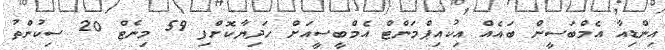
އިންޑިއާ އެމްބަސީން ބައެއް އިކުއިޕްމަންޓް އެމްބީސީއަށް ހަދިޔާކޮށްފި 59 މިނެޓް 20 ސިކުންތު